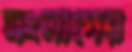
সংলাপের